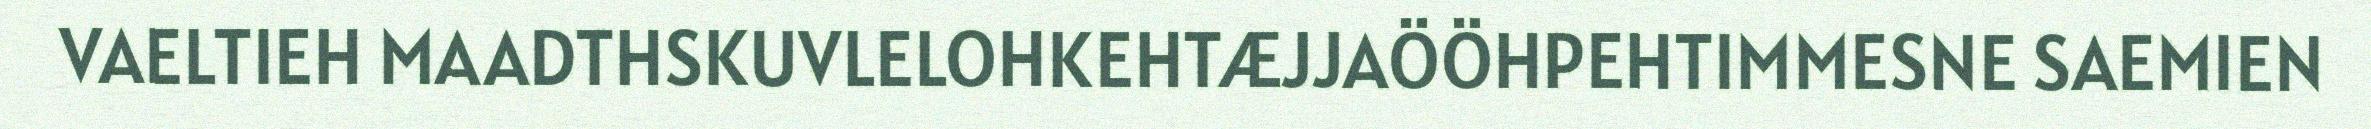
VAELTIEH MAADTHSKUVLELOHKEHTÆJJAÖÖHPEHTIMMESNE SAEMIEN